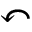
\curvearrowleft